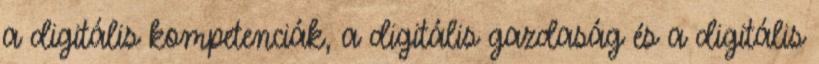
a digitális kompetenciák, a digitális gazdaság és a digitális